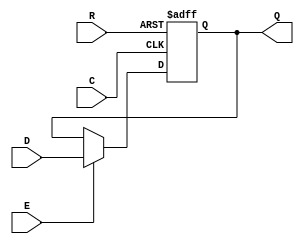
module dffre(
    output reg Q,
    input D,
    input R,
    input E,
    (* clkbuf_sink *)
    (* invertible_pin = "IS_C_INVERTED" *)
    input C
);
    parameter [0:0] INIT = 1'b0;
    parameter [0:0] IS_C_INVERTED = 1'b0;
    initial Q = INIT;
    case(|IS_C_INVERTED)
          1'b0:
            always @(posedge C or posedge R)
              if (R)
                Q <= 1'b0;
              else if(E)
                Q <= D;
          1'b1:
            always @(negedge C or posedge R)
              if (R)
                Q <= 1'b0;
              else if(E)
                Q <= D;
        endcase
endmodule